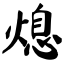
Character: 熄